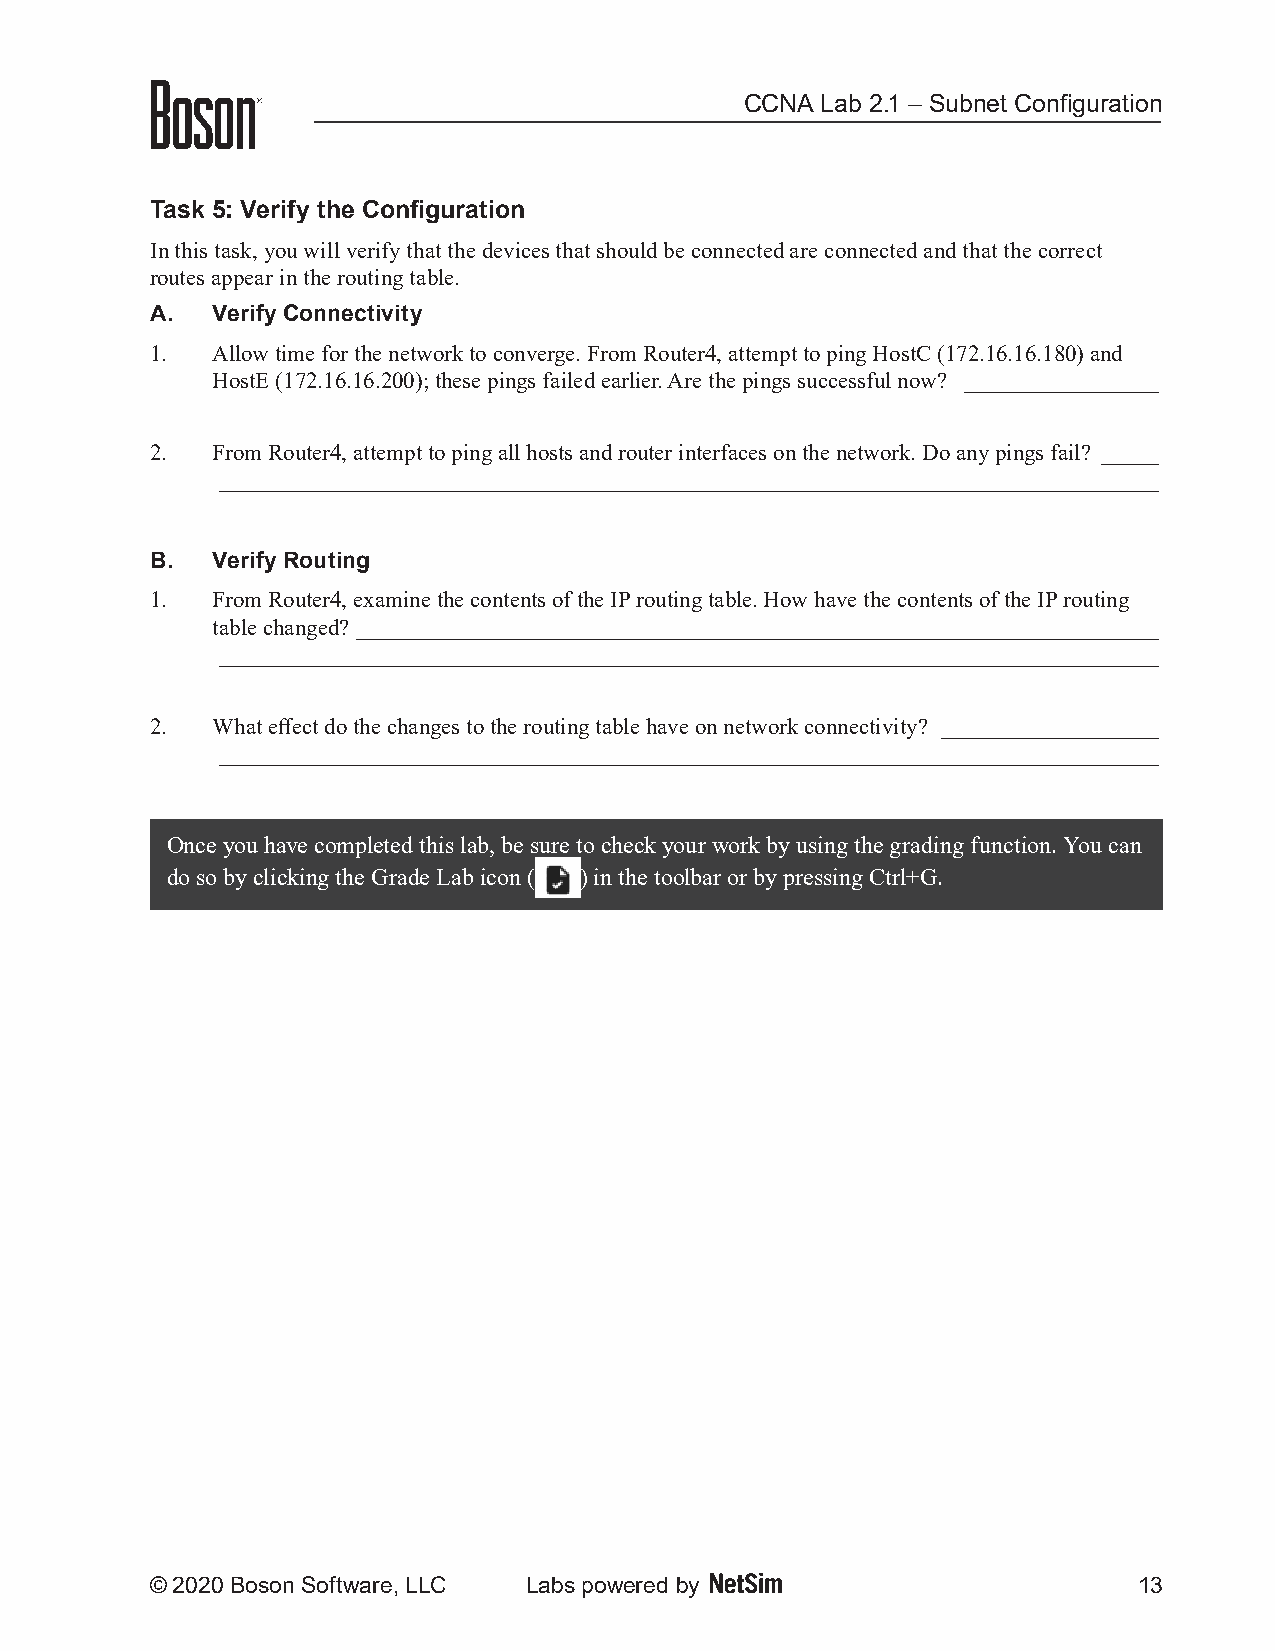
CCNA Lab 2.1 – Subnet Configuration
 Task 5: Verify the Configuration
 In this task, you will verify that the devices that should be connected are connected and that the correct
 routes appear in the routing table.
 A.  Verify Connectivity
 1.  Allow time for the network to converge. From Router4, attempt to ping HostC (172.16.16.180) and
 HostE (172.16.16.200); these pings failed earlier. Are the pings successful now? _________________
 2.  From Router4, attempt to ping all hosts and router interfaces on the network. Do any pings fail? _____
 __________________________________________________________________________________
 B.  Verify Routing
 1.  From Router4, examine the contents of the IP routing table. How have the contents of the IP routing
 table changed? ______________________________________________________________________
 __________________________________________________________________________________
 2.  What effect do the changes to the routing table have on network connectivity? ___________________
 __________________________________________________________________________________
 Once you have completed this lab, be sure to check your work by using the grading function. You can
 do so by clicking the Grade Lab icon ( ) in the toolbar or by pressing Ctrl+G.
 © 2020 Boson Software, LLC Labs powered by                       13